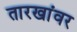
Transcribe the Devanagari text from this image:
तारखांवर